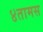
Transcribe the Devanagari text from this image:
४तामस